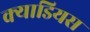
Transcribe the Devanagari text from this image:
क्याडियस